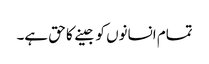
تمام انسانوں کو جینے کا حق ہے۔